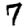
Digit: 7